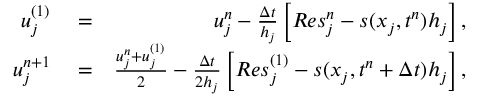
\begin{array} { r l r } { u _ { j } ^ { ( 1 ) } } & { { } = } & { u _ { j } ^ { n } - \frac { \Delta t } { h _ { j } } \left[ { R e s } _ { j } ^ { n } - s ( x _ { j } , t ^ { n } ) h _ { j } \right] , } \\ { u _ { j } ^ { n + 1 } } & { { } = } & { \frac { u _ { j } ^ { n } + u _ { j } ^ { ( 1 ) } } { 2 } - \frac { \Delta t } { 2 h _ { j } } \left[ { R e s } _ { j } ^ { ( 1 ) } - s ( x _ { j } , t ^ { n } + \Delta t ) h _ { j } \right] , } \end{array}